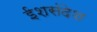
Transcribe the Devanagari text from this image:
ईशसंदेश